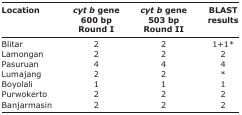
<table><thead><tr><td><b>Location</b></td><td><b><i>cyt b</i> gene 600 bp Round I</b></td><td><b><i>cyt b</i> gene 503 bp Round II</b></td><td><b>BLAST results</b></td></tr></thead><tbody><tr><td>Blitar</td><td>2</td><td>2</td><td>1+1*</td></tr><tr><td>Lamongan</td><td>2</td><td>2</td><td>2</td></tr><tr><td>Pasuruan</td><td>4</td><td>4</td><td>4</td></tr><tr><td>Lumajang</td><td>2</td><td>2</td><td>*</td></tr><tr><td>Boyolali</td><td>1</td><td>1</td><td>1</td></tr><tr><td>Purwokerto</td><td>2</td><td>2</td><td>2</td></tr><tr><td>Banjarmasin</td><td>2</td><td>2</td><td>2</td></tr></tbody></table>